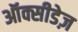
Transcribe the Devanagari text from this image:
ऑक्सीडेज़